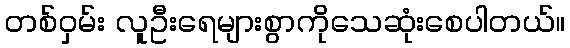
တစ်ဝှမ်း လူဦးရေများစွာကိုသေဆုံးစေပါတယ်။